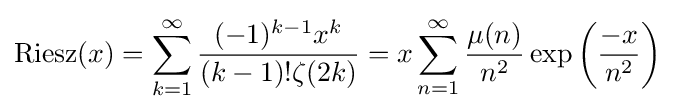
{\rm {Riesz}}(x)=\sum _{k=1}^{\infty }{\frac {(-1)^{k-1}x^{k}}{(k-1)!\zeta (2k)}}=x\sum _{n=1}^{\infty }{\frac {\mu (n)}{n^{2}}}\exp \left({\frac {-x}{n^{2}}}\right)